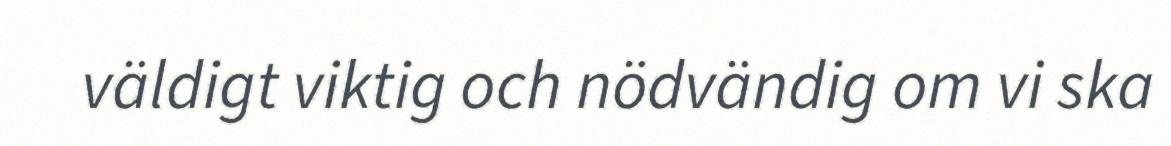
väldigt viktig och nödvändig om vi ska